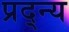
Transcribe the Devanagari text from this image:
प्रद्न्य